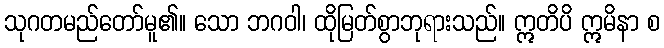
သုဂတမည်တော်မူ၏။ သော ဘဂဝါ၊ ထိုမြတ်စွာဘုရားသည်။ ဣတိပိ ဣမိနာ စ